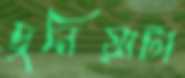
দুনিয়াটা